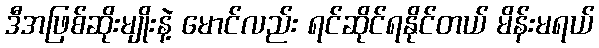
ဒီအဖြစ်ဆိုးမျိုးနဲ့ မောင်လည်း ရင်ဆိုင်ရနိုင်တယ် မိန်းမရယ်